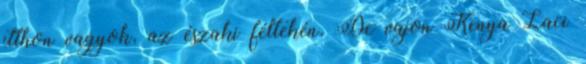
itthon vagyok, az északi féltekén. De vajon Kenya Laci